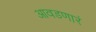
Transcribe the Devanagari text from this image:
आवडणारं